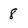
Character: 8